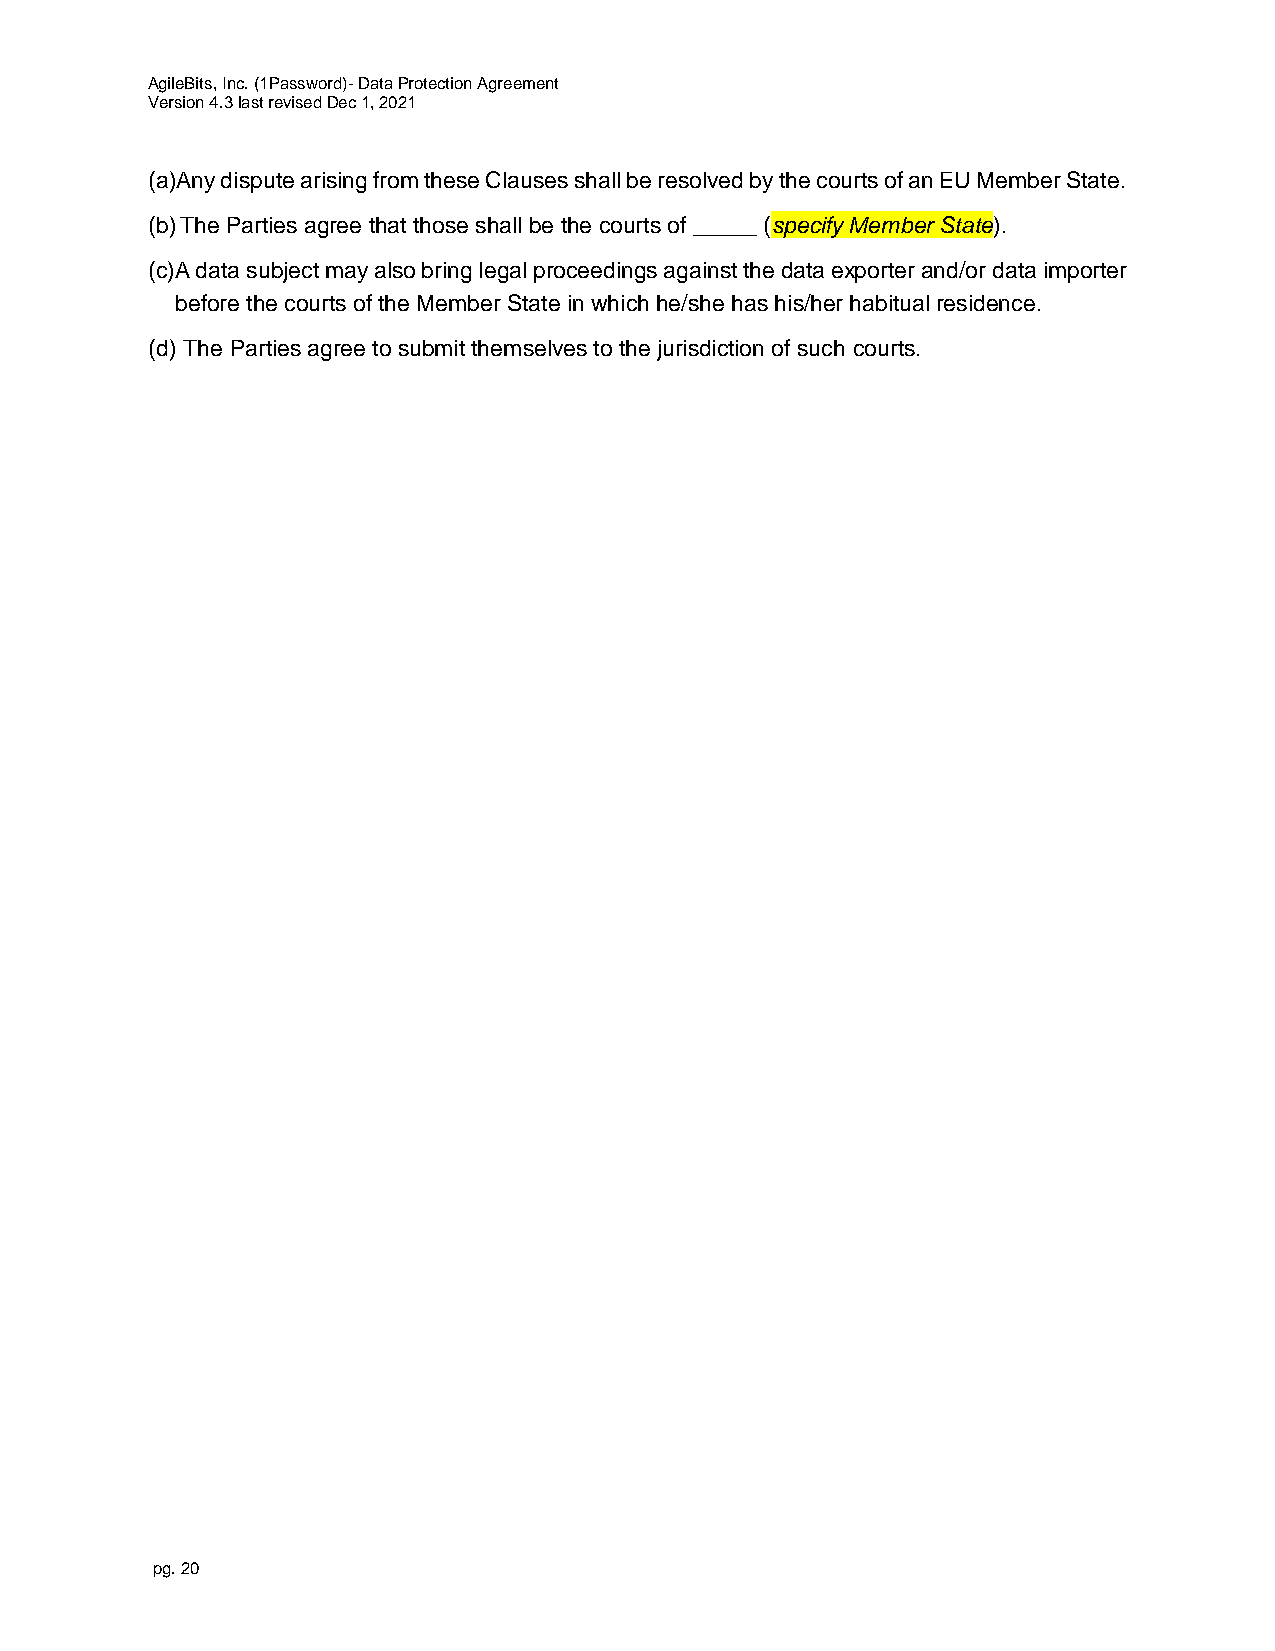
AgileBits, Inc. (1Password)- Data Protection Agreement
 Version 4.3 last revised Dec 1, 2021
 (a)A ny dispute arising from these Clauses shall be resolved by the courts of an EU Member State.
 (b) The Parties agree that those shall be the courts of _____ (specify Member State).
 (c) A data subject may also bring legal proceedings against the data exporter and/or data importer
 before the courts of the Member State in which he/she has his/her habitual residence.
 (d) The Parties agree to submit themselves to the jurisdiction of such courts.
 pg. 20